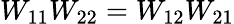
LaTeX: W_{11}W_{22}=W_{12}W_{21}